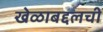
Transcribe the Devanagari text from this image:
खेळाबद्दलची